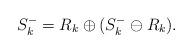
LaTeX: \begin{align*} S_k^-=R_k\oplus(S_k^-\ominus R_k).\end{align*}